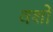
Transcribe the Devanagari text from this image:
वशों